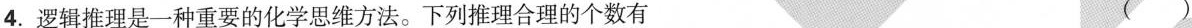
4. 逻辑推理是一种重要的化学思维方法。下列推理合理的个数有 ( )